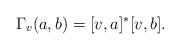
LaTeX: \begin{gather*}\Gamma_v(a, b)=[v,a]^*[v,b].\end{gather*}